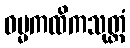
ဓမ္မကထိကသုတ္တံ